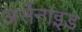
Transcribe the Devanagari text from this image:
अर्सेनाइड